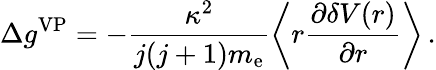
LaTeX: \Delta{g}^{\mathrm{VP}}=-\frac{\kappa^{2}}{j(j+1)m_{\mathrm{e}}}\left\langle r\frac{\partial\delta V(r)}{\partial r}\right\rangle\, .